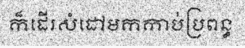
ក៏ដើរសំដៅមកកាប់ប្រពន្ធ